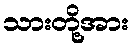
သားတို့အား